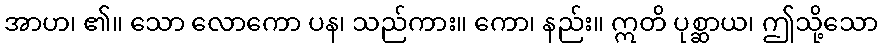
အာဟ၊ ၏။ သော လောကော ပန၊ သည်ကား။ ကော၊ နည်း။ ဣတိ ပုစ္ဆာယ၊ ဤသို့သော